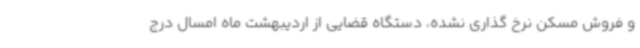
و فروش مسکن نرخ گذاری نشده، دستگاه قضایی از اردیبهشت ماه امسال درج